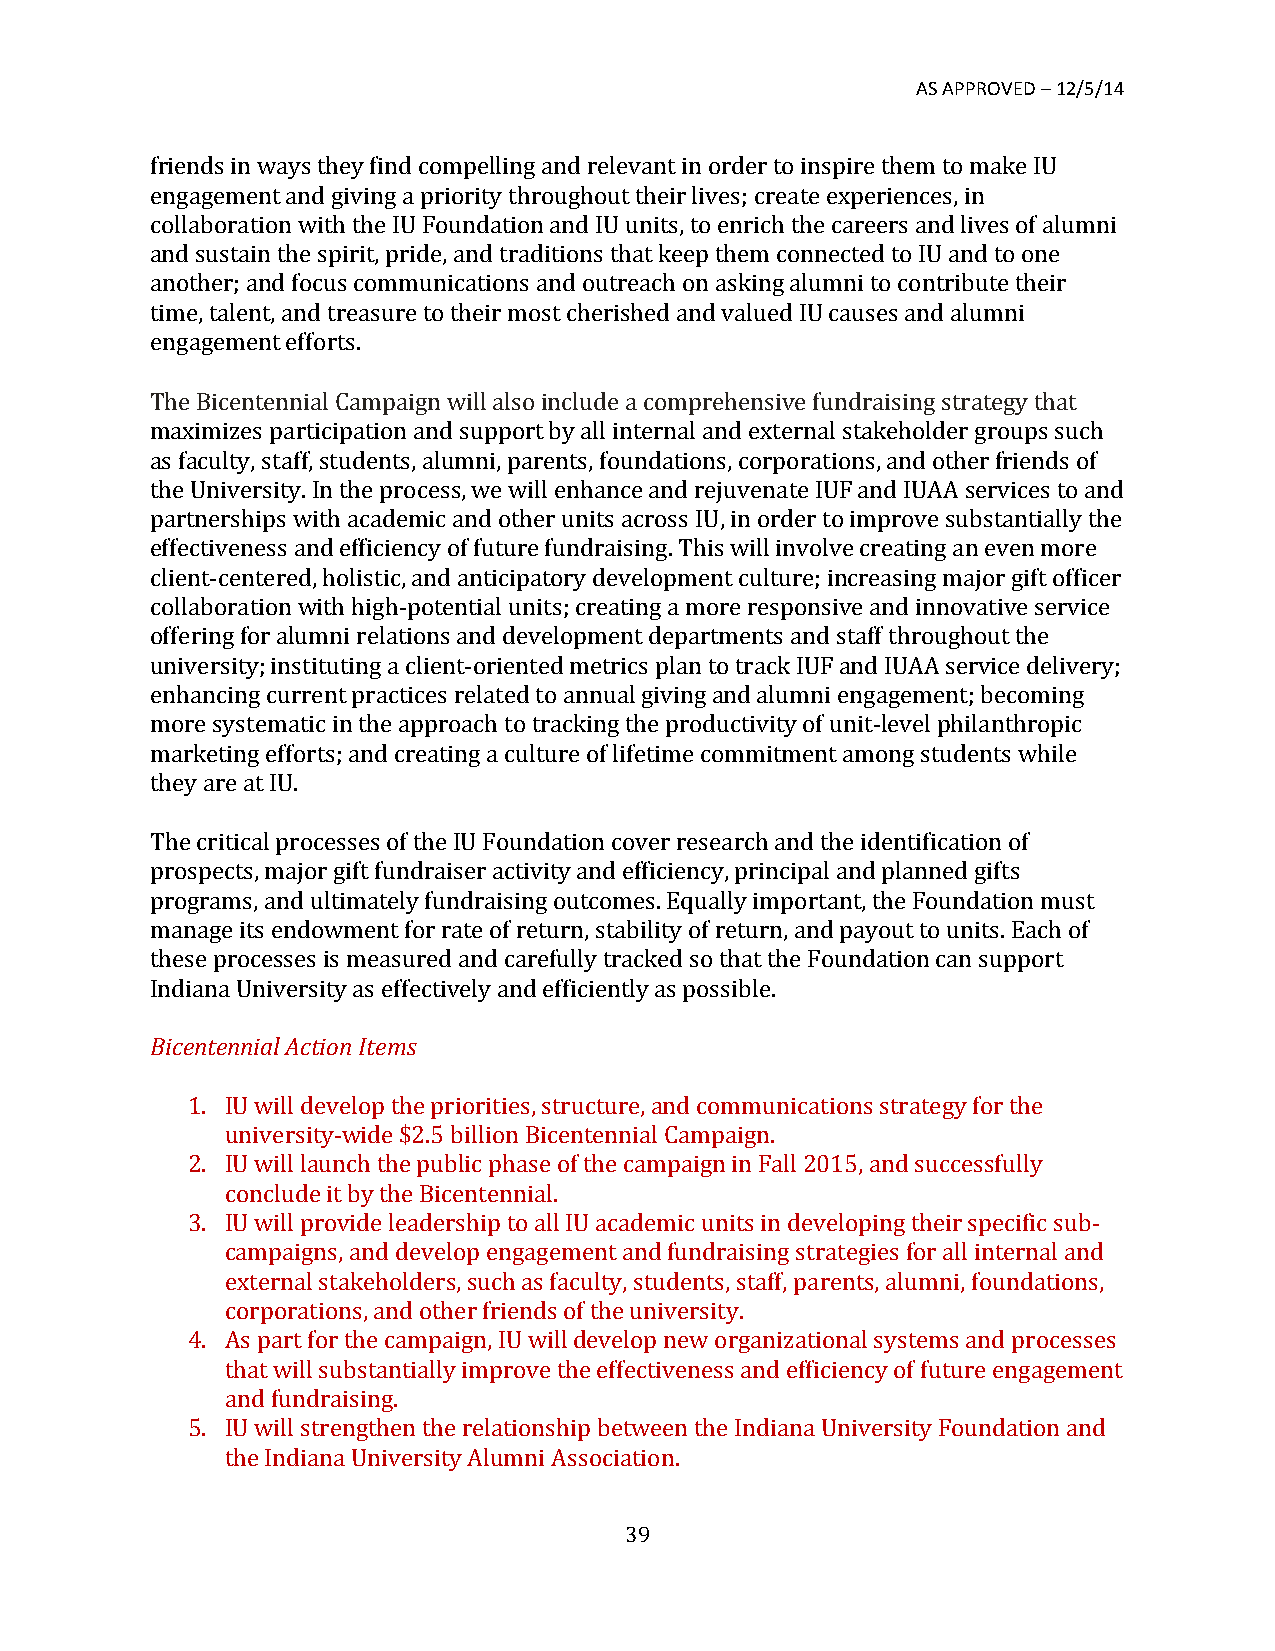
AS APPROVED – 12/5/14
 friends in ways they find compelling and relevant in order to inspire them to make IU
 engagement and giving a priority throughout their lives; create experiences, in
 collaboration with the IU Foundation and IU units, to enrich the careers and lives of alumni
 and sustain the spirit, pride, and traditions that keep them connected to IU and to one
 another; and focus communications and outreach on asking alumni to contribute their
 time, talent, and treasure to their most cherished and valued IU causes and alumni
 engagement efforts.
 The Bicentennial Campaign will also include a comprehensive fundraising strategy that
 maximizes participation and support by all internal and external stakeholder groups such
 as faculty, staff, students, alumni, parents, foundations, corporations, and other friends of
 the University. In the process, we will enhance and rejuvenate IUF and IUAA services to and
 partnerships with academic and other units across IU, in order to improve substantially the
 effectiveness and efficiency of future fundraising. This will involve creating an even more
 client-­‐centered, holistic, and anticipatory development culture; increasing major gift officer
 collaboration with high-­‐potential units; creating a more responsive and innovative service
 offering for alumni relations and development departments and staff throughout the
 university; instituting a client-­‐oriented metrics plan to track IUF and IUAA service delivery;
 enhancing current practices related to annual giving and alumni engagement; becoming
 more systematic in the approach to tracking the productivity of unit-­‐level philanthropic
 marketing efforts; and creating a culture of lifetime commitment among students while
 they are at IU.
 The critical processes of the IU Foundation cover research and the identification of
 prospects, major gift fundraiser activity and efficiency, principal and planned gifts
 programs, and ultimately fundraising outcomes. Equally important, the Foundation must
 manage its endowment for rate of return, stability of return, and payout to units. Each of
 these processes is measured and carefully tracked so that the Foundation can support
 Indiana University as effectively and efficiently as possible.
 Bicentennial Action Items
 1. IU will develop the priorities, structure, and communications strategy for the
 university-­‐wide $2.5 billion Bicentennial Campaign.
 2. IU will launch the public phase of the campaign in Fall 2015, and successfully
 conclude it by the Bicentennial.
 3. IU will provide leadership to all IU academic units in developing their specific sub-­‐
 campaigns, and develop engagement and fundraising strategies for all internal and
 external stakeholders, such as faculty, students, staff, parents, alumni, foundations,
 corporations, and other friends of the university.
 4. As part for the campaign, IU will develop new organizational systems and processes
 that will substantially improve the effectiveness and efficiency of future engagement
 and fundraising.
 5. IU will strengthen the relationship between the Indiana University Foundation and
 the Indiana University Alumni Association.
 39